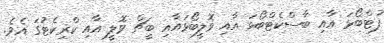
ފުޓްބޯޅަ އާއި ބާސްކެޓްބޯޅަ އާއި ވޮލީބޯޅައާއި ބީޗް ވޮލީ އާއި ކްރިކެޓުގަ އެވެ.